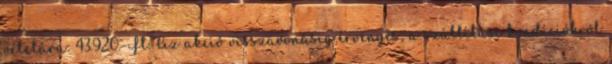
vételára: 43.920.-Ft. Az akció visszavonásig érvényes, a szállítási kondíciókról